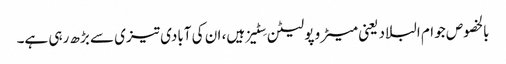
بالخصوص جو ام البلاد یعنی میٹرو پولیٹن سِٹیز ہیں، ان کی آبادی تیزی سے بڑھ رہی ہے۔